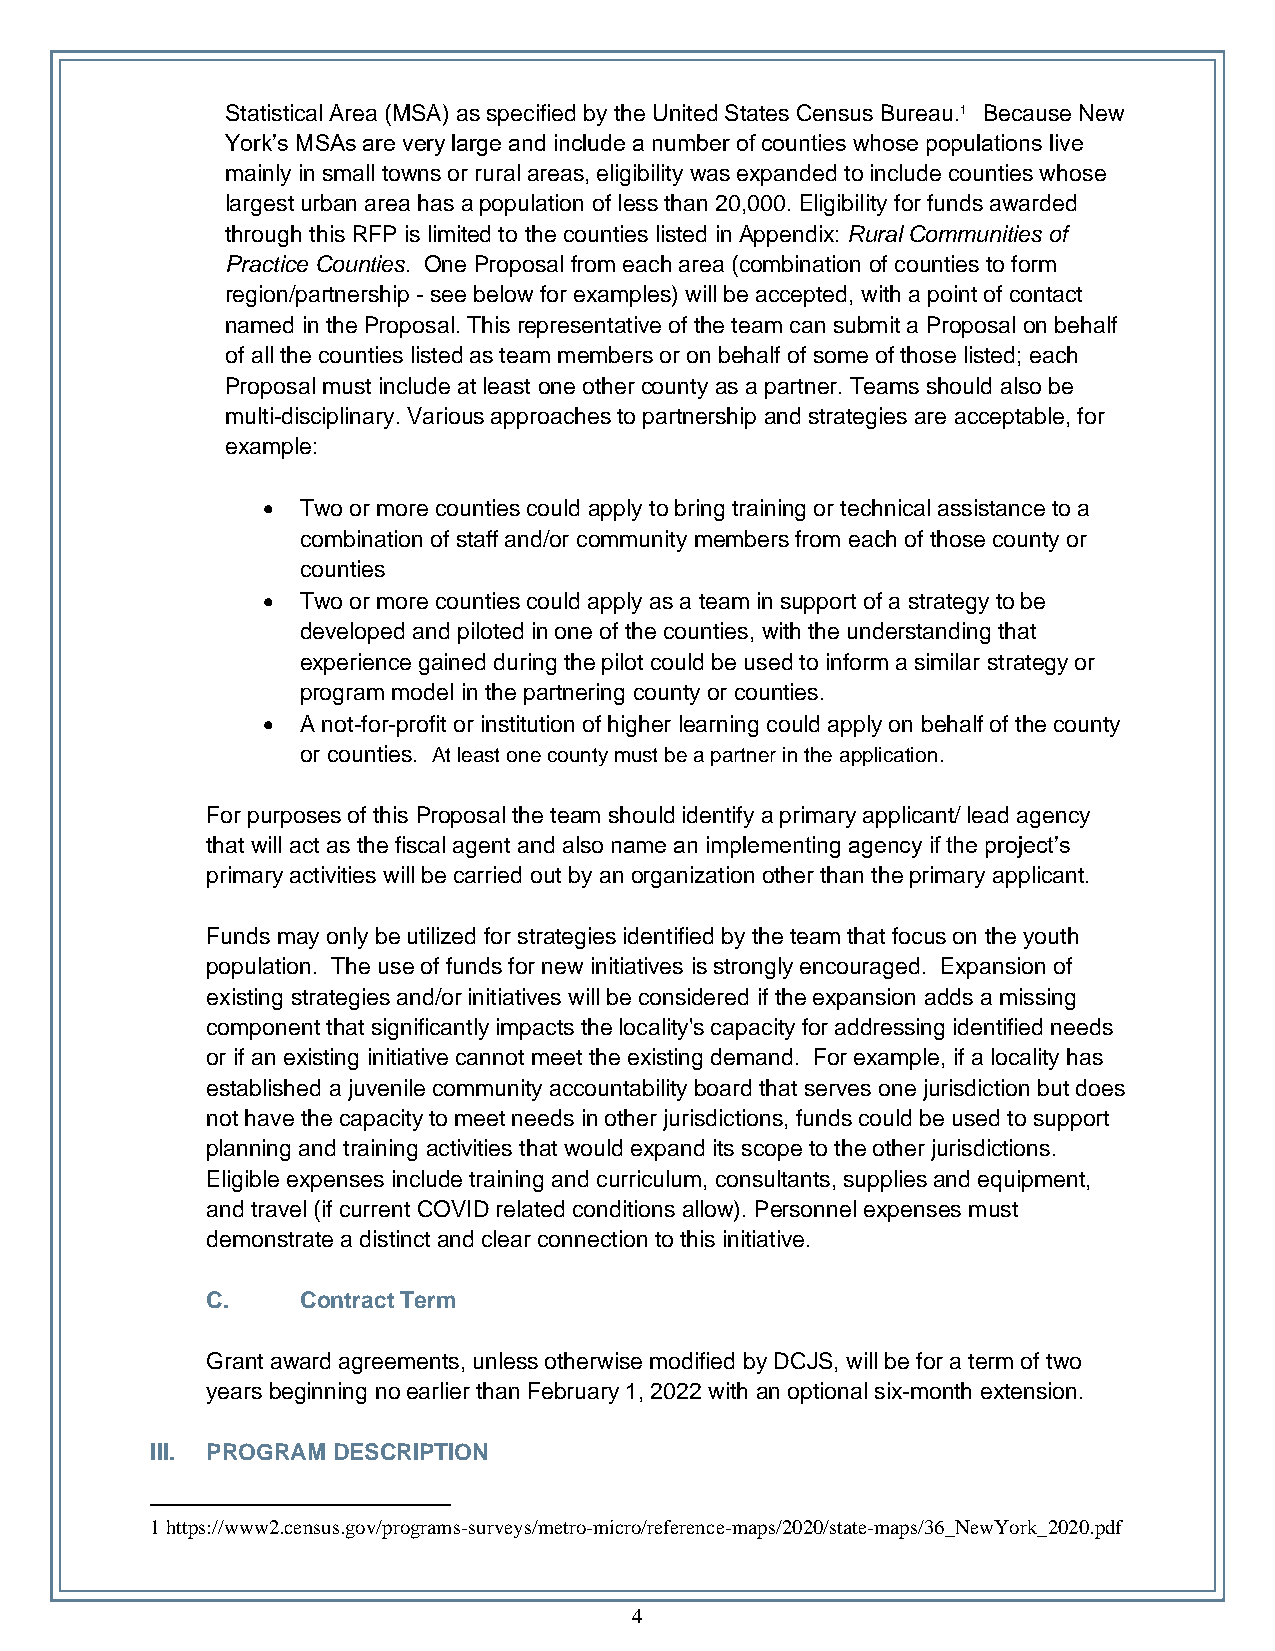
Statistical Area (MSA) as specified by the United States Census Bureau.1 Because New
 York’s MSAs are very large and include a number of counties whose populations live
 mainly in small towns or rural areas, eligibility was expanded to include counties whose
 largest urban area has a population of less than 20,000. Eligibility for funds awarded
 through this RFP is limited to the counties listed in Appendix: Rural Communities of
 Practice Counties. One Proposal from each area (combination of counties to form
 region/partnership - see below for examples) will be accepted, with a point of contact
 named in the Proposal. This representative of the team can submit a Proposal on behalf
 of all the counties listed as team members or on behalf of some of those listed; each
 Proposal must include at least one other county as a partner. Teams should also be
 multi-disciplinary. Various approaches to partnership and strategies are acceptable, for
 example:
 •  Two or more counties could apply to bring training or technical assistance to a
 combination of staff and/or community members from each of those county or
 counties
 •  Two or more counties could apply as a team in support of a strategy to be
 developed and piloted in one of the counties, with the understanding that
 experience gained during the pilot could be used to inform a similar strategy or
 program model in the partnering county or counties.
 •  A not-for-profit or institution of higher learning could apply on behalf of the county
 or counties. At least one county must be a partner in the application.
 For purposes of this Proposal the team should identify a primary applicant/ lead agency
 that will act as the fiscal agent and also name an implementing agency if the project’s
 primary activities will be carried out by an organization other than the primary applicant.
 Funds may only be utilized for strategies identified by the team that focus on the youth
 population. The use of funds for new initiatives is strongly encouraged. Expansion of
 existing strategies and/or initiatives will be considered if the expansion adds a missing
 component that significantly impacts the locality's capacity for addressing identified needs
 or if an existing initiative cannot meet the existing demand. For example, if a locality has
 established a juvenile community accountability board that serves one jurisdiction but does
 not have the capacity to meet needs in other jurisdictions, funds could be used to support
 planning and training activities that would expand its scope to the other jurisdictions.
 Eligible expenses include training and curriculum, consultants, supplies and equipment,
 and travel (if current COVID related conditions allow). Personnel expenses must
 demonstrate a distinct and clear connection to this initiative.
 C.    Contract Term
 Grant award agreements, unless otherwise modified by DCJS, will be for a term of two
 years beginning no earlier than February 1, 2022 with an optional six-month extension.
 III. PROGRAM DESCRIPTION
 1 https://www2.census.gov/programs-surveys/metro-micro/reference-maps/2020/state-maps/36_NewYork_2020.pdf
 4